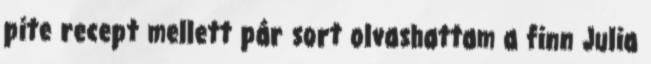
pite recept mellett pár sort olvashattam a finn Julia